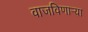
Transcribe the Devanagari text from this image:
वाजविणार्‍या